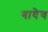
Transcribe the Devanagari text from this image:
गावेच